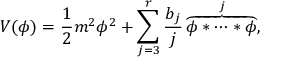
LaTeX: V ( \phi ) = \frac { 1 } { 2 } m ^ { 2 } \phi ^ { 2 } + \sum _ { j = 3 } ^ { r } \frac { b _ { j } } { j } \overbrace { \phi * \cdots * \phi } ^ { j } ,